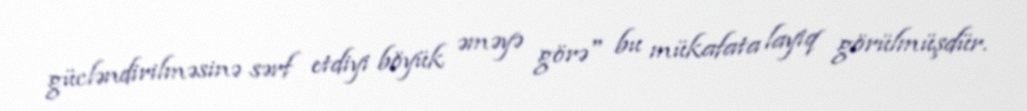
gücləndirilməsinə sərf etdiyi böyük əməyə görə" bu mükafata layiq görülmüşdür.